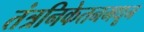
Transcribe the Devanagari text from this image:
तंत्रनिकेतनमधून